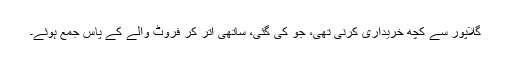
گلاپور سے کچھ خریداری کرنی تھی، جو کی گئی، ساتھی اتر کر فروٹ والے کے پاس جمع ہوئے۔